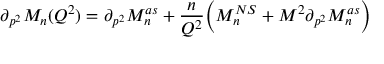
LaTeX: \partial _ { p ^ { 2 } } M _ { n } ( Q ^ { 2 } ) = \partial _ { p ^ { 2 } } M _ { n } ^ { a s } + \frac { n } { Q ^ { 2 } } \bigg ( M _ { n } ^ { N S } + M ^ { 2 } \partial _ { p ^ { 2 } } M _ { n } ^ { a s } \bigg )